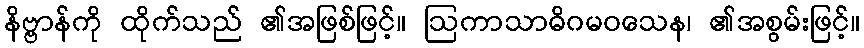
နိဗ္ဗာန်ကို ထိုက်သည် ၏အဖြစ်ဖြင့်။ ဩကာသာဓိဂမဝသေန၊ ၏အစွမ်းဖြင့်။